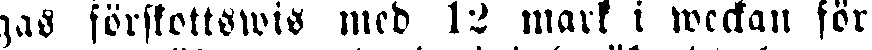
gas förskottswis med 12 mark i weckan för